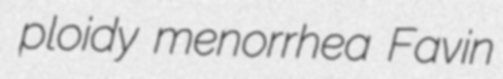
ploidy menorrhea Favin